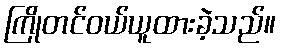
ကြိုတင်ဝယ်ယူထားခဲ့သည်။